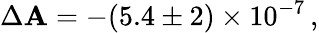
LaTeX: \Delta\mathbf{A}=-(5.4\pm2)\times10^{-7}\, ,